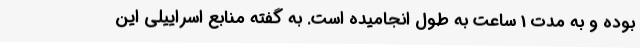
بوده و به مدت 1 ساعت به طول انجامیده است. به گفته منابع اسراییلی این